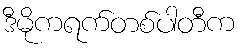
ဒီမိုကရက်တစ်ပါတီက